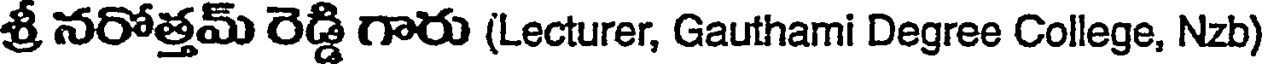
శ్రీ నరోత్తమ్ రెడ్డి గారు (Lecturer, Gauthami Degree College, Nzb)